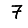
Digit: 7